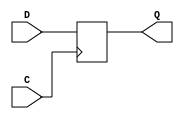
module c_flipflop(input D, C,
						output reg Q);
	always @(posedge C)
	begin 
		Q <= D;
	end
endmodule